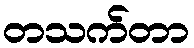
တသက်တာ